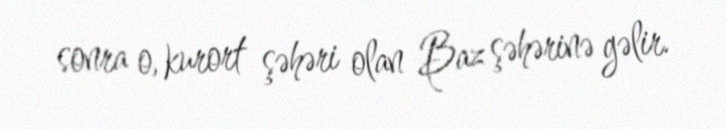
sonra o, kurort şəhəri olan Baz şəhərinə gəlir.